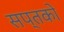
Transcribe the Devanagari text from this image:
सप्तको